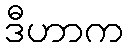
ဒီဟာက